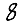
Digit: 8